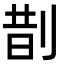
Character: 剒